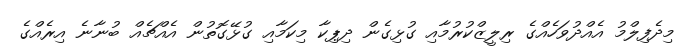
މިދެފިލްމު އެއްދުވަހެއްގެ ރިލީޒްކުރުމާއި ގުޅިގެން ދިޕިކާ މިކަމާއި ގުޅޭގޮތުން އެއްޗެއް ބުނާނެ އިރެއްގެ